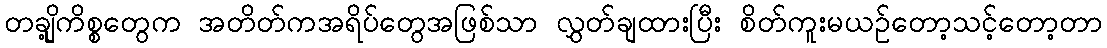
တချို့ကိစ္စတွေက အတိတ်ကအရိပ်တွေအဖြစ်သာ လွှတ်ချထားပြီး စိတ်ကူးမယဥ်တော့သင့်တော့တာ